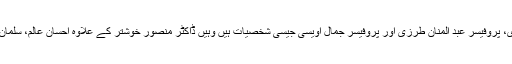
سہ ماہی ’تحقیق‘ کی ٹیم میں جہاں ایک طرف نگراں کے طور پر پروفیسر مناظر عاشق ہرگانوی، پروفیسر عبد المنان طرزی اور پروفیسر جمال اویسی جیسی شخصیات ہیں وہیں ڈاکٹر منصور خوشتر کے علاوہ احسان عالم، سلمان عبد الصمد اور کامران غنی صبا جیسے فعال و محترک نوجوان اور ریسرچ اسکالرز شامل ہیں ۔